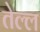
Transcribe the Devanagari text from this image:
तेल्ल